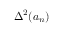
\Delta ^ { 2 } ( a _ { n } )